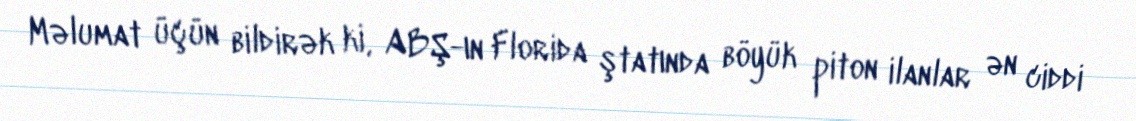
Məlumat üçün bildirək ki, ABŞ-ın Florida ştatında böyük piton ilanlar ən ciddi